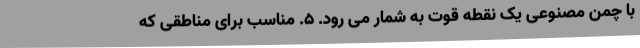
با چمن مصنوعی یک نقطه قوت به شمار می رود. 5. مناسب برای مناطقی که